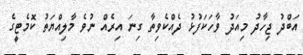
އަބްދު ޖިހާދު މިއަދު ވާހަކަފުޅު ދެއްކެވިތާ ގިނަ އިރެއް ނުވެ މާލިއްޔަތު ކޮމެޓީގެ